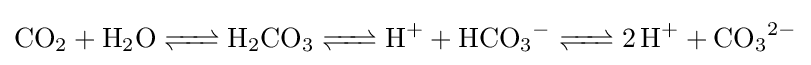
{\ce {CO2 + H2O <=> H2CO3 <=> H+ + HCO3- <=> 2 H+ + CO3^2-}}